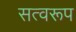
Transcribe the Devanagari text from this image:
सत्वरूप